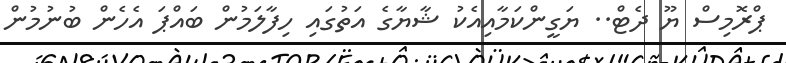
ޕްރޮމިސް ޔޫ ދެޓް.. ޔަގީންކަމާއިއެކު ޝާޔާގެ އަތުގައި ހިފާލަމުން ބައްޕަ އެހެން ބުނުމުން